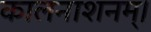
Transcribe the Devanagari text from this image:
कालनाशनम्।